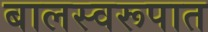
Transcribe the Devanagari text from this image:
बालस्वरूपात